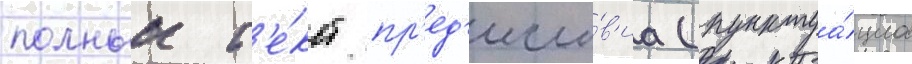
полныи т'е́кст пр'ед'исло́в'иа (пунктуа́циа